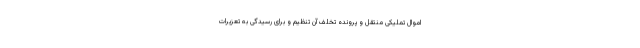
اموال تملیکی منتقل و پرونده تخلف آن تنظیم و برای رسیدگی به تعزیرات